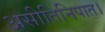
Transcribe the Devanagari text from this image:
असीतिनिपात।